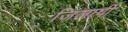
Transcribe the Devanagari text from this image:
जिलापी